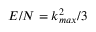
E / N = k _ { m a x } ^ { 2 } / 3